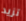
تزيد